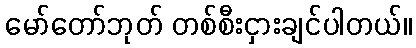
မော်တော်ဘုတ် တစ်စီးငှားချင်ပါတယ်။